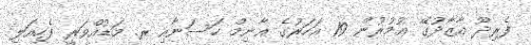
ފެރިދޫ އާޒާދުގޭ ޢުމުރުން 19 އަހަރުގެ ޣާނިމް ހަސަނާއި ރ. މަޑުއްވަރީ ފެހިއަލި